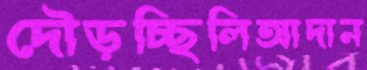
দৌড়চ্ছিলিআদান